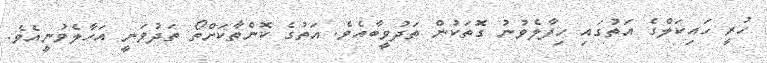
ހުރީ ހައިކަލްގެ އަތުގައި ހިފާލެވުނު ގޮތަކުން ތަދުވީބާއެވެ. އަތުގެ ކޮންތާކަށްތޯ ތަދުވަނީ އަހާލެވުނީއެވެ.